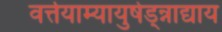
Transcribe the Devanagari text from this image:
वर्त्तयाम्यायुषेड्न्नाद्याय